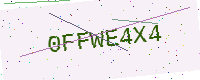
Text: 0FFWE4X4